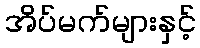
အိပ်မက်များနှင့်